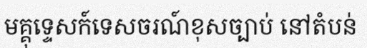
មគ្គុទ្ទេសក៍ទេសចរណ៍ខុសច្បាប់ នៅតំបន់